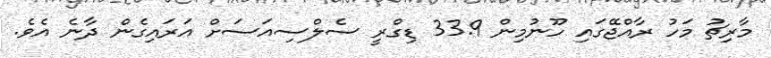
މާރިޗު މަހު ރާއްޖޭގައި ހޫނުމިން 33.9 ޑިގްރީ ސެލްސިއަސަށް އަރައިގެން ދާނެ އެވެ.